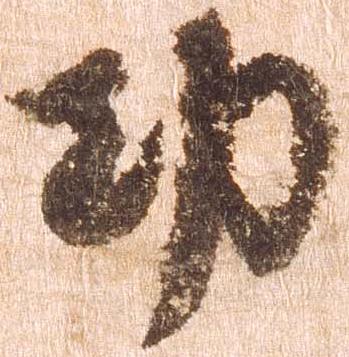
功